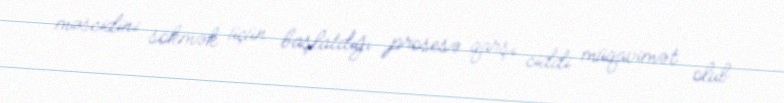
məscidini sökmək üçün başlatdığı prosesə qarşı ciddi müqavimət olub.